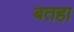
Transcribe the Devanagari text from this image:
बतहा